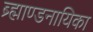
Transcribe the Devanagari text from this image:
ब्र्ह्माण्डनायिका